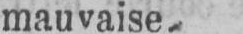
mauvaise-